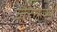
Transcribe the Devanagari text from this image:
जैलर्स